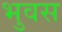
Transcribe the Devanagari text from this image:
भुवस